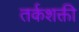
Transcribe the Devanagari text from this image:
तर्कशक्ती